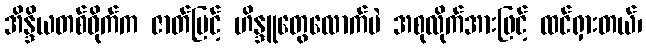
အိန္ဒိယတစ်ဝိုက်က ဇာတ်မြင့် ဟိန္ဒူတွေလောက်ပဲ အစုလိုက်အားဖြင့် ထင်ရှားတယ်၊